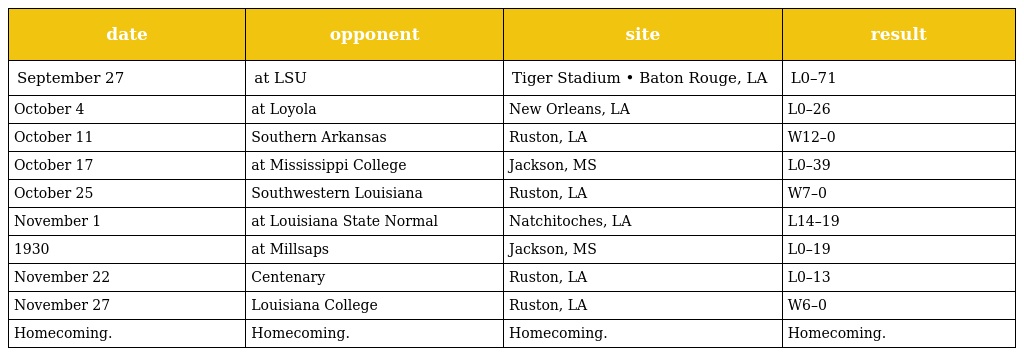
| date | opponent | site | result |
 | --- | --- | --- | --- |
 | September 27 | at LSU | Tiger Stadium • Baton Rouge, LA | L0–71 |
 | October 4 | at Loyola | New Orleans, LA | L0–26 |
 | October 11 | Southern Arkansas | Ruston, LA | W12–0 |
 | October 17 | at Mississippi College | Jackson, MS | L0–39 |
 | October 25 | Southwestern Louisiana | Ruston, LA | W7–0 |
 | November 1 | at Louisiana State Normal | Natchitoches, LA | L14–19 |
 | 1930 | at Millsaps | Jackson, MS | L0–19 |
 | November 22 | Centenary | Ruston, LA | L0–13 |
 | November 27 | Louisiana College | Ruston, LA | W6–0 |
 | Homecoming. | Homecoming. | Homecoming. | Homecoming. |